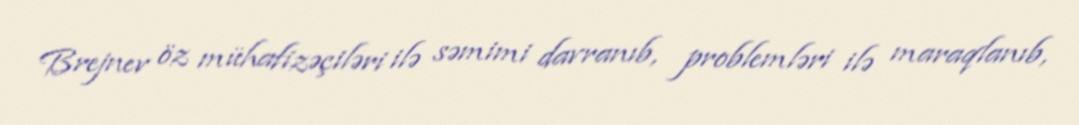
Brejnev öz mühafizəçiləri ilə səmimi davranıb, problemləri ilə maraqlanıb,